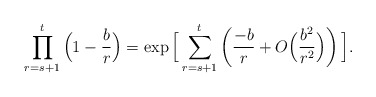
\begin{align*}\prod_{r=s+1}^t \Big(1-\frac{b}{r}\Big)=\exp\Big[\sum_{r=s+1}^t\left(\frac{-b}{r}+O\Big(\frac{b^2}{r^2}\Big)\right)\Big].\end{align*}